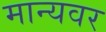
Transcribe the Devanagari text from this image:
मान्‍यवर